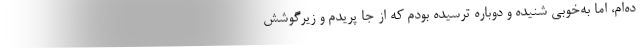
ده‌ام، اما به‌خوبی شنیده و دوباره ترسیده بودم که از جا پریدم و زیرگوشش